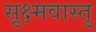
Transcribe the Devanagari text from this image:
सूक्ष्मवास्तु